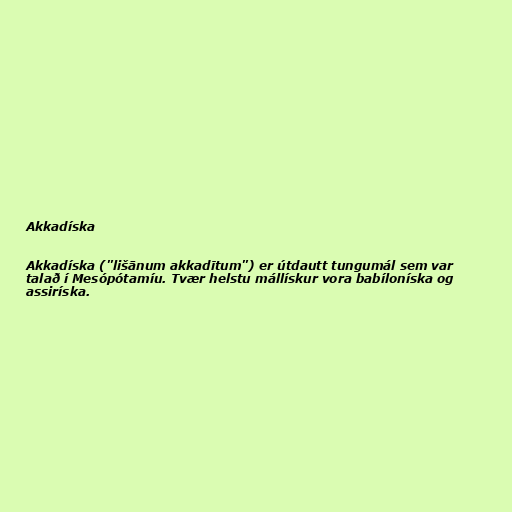
Akkadíska

Akkadíska ("lišānum akkadītum") er útdautt tungumál sem var
talað í Mesópótamíu. Tvær helstu mállískur vora babíloníska og
assiríska.